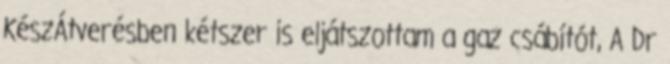
KészÁtverésben kétszer is eljátszottam a gaz csábítót, A Dr